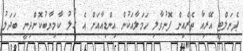
ޕެނަލްޓީ އޭރިއާ ތެރެއިން ފޮނުވާލި ހަމަލާއަކުން އިންޑިއާއަށް އެ ގޯލު ކާމިޔާބުކޮށްދިނީ ބަދަލު